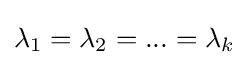
\lambda _{1}=\lambda _{2}=...=\lambda _{k}